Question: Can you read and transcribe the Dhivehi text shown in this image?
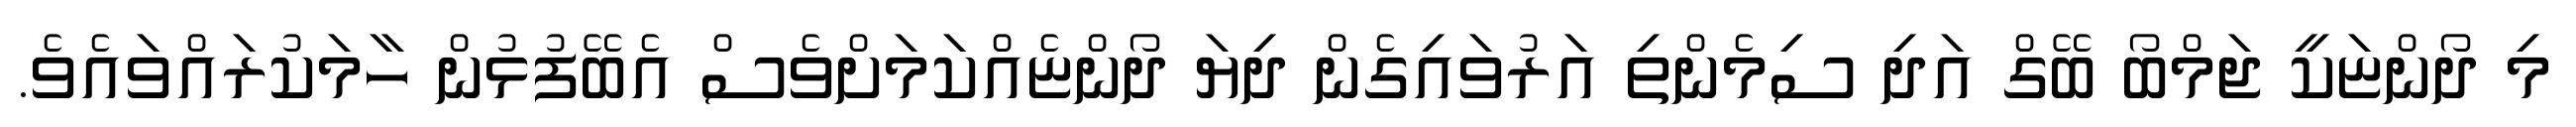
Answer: މި ދޯންޏަކީ ޖަމްބޯ ބޭގް އަދި ސިމެންތި އަރުވައިގެން ދިޔަ ދޯންޏެއްކަމަށްވެސް އެބޭފުޅުން ހާމަކުރައްވައެވެ.